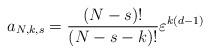
LaTeX: \begin{align*}a_{N,k,s} = \frac{(N-s)!}{(N-s-k)!} \varepsilon^{k (d-1)}\end{align*}